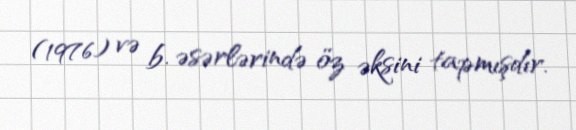
(1976) və b. əsərlərində öz əksini tapmışdır.